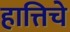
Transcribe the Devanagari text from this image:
हात्तिचे